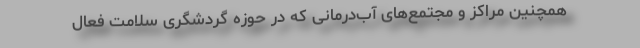
همچنین مراکز و مجتمع‌‌های آب‌درمانی که در حوزه گردشگری سلامت فعال